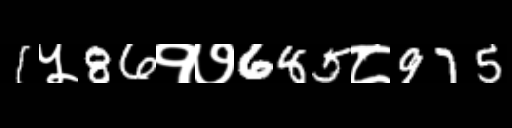
Text: 1५86१७685८975